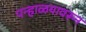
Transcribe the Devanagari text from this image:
पन्हाळयावरून